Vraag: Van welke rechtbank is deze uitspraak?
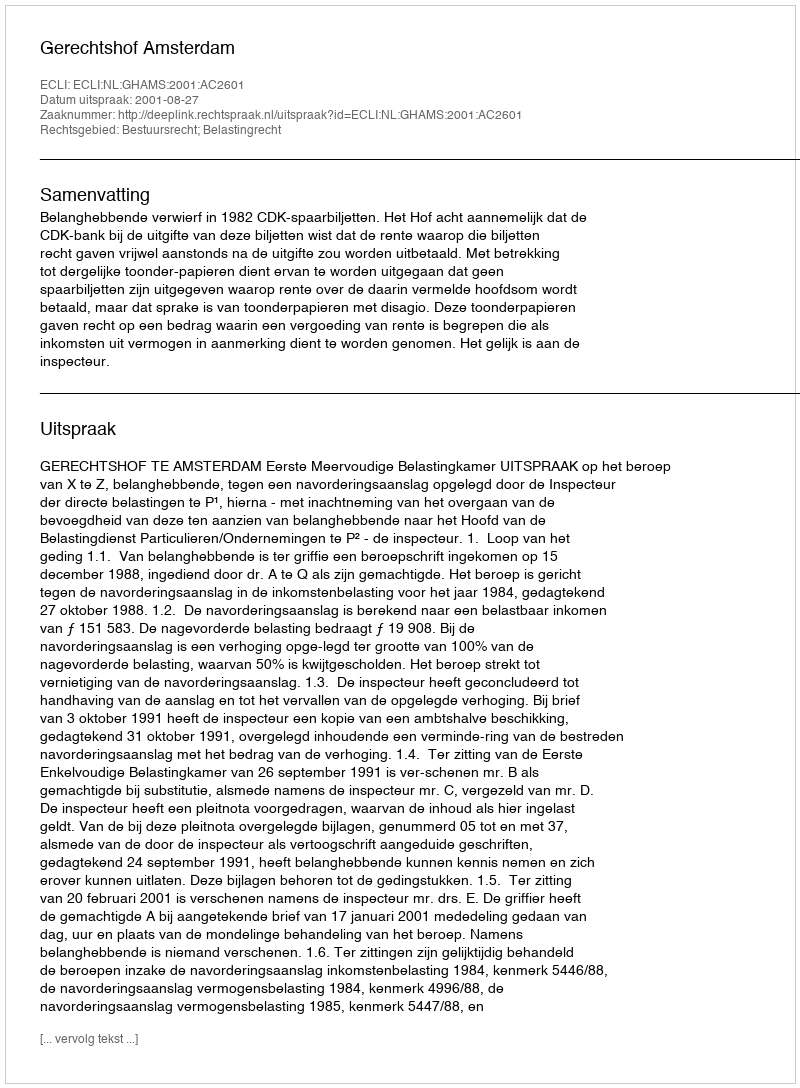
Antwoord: Gerechtshof Amsterdam